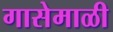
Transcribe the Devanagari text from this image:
गासेमाळी